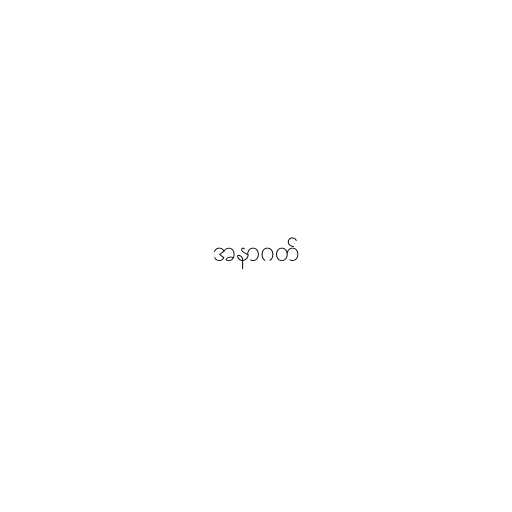
အနာဂတ်